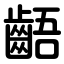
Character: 齬